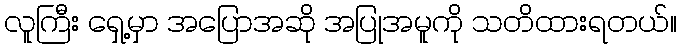
လူကြီး ရှေ့မှာ အပြောအဆို အပြုအမူကို သတိထားရတယ်။